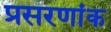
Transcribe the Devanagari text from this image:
प्रसरणांक